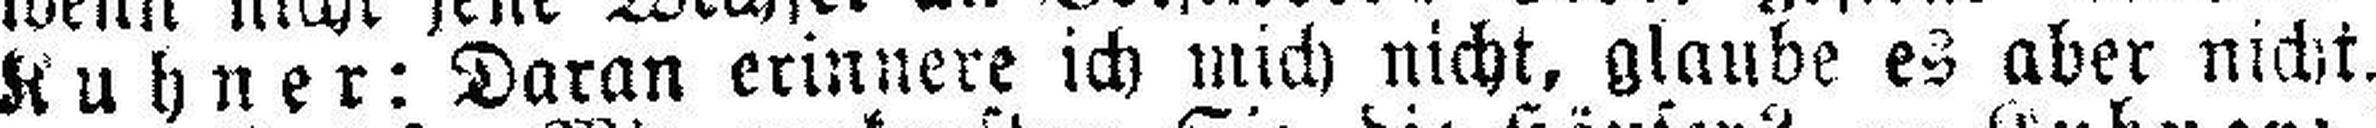
Kuhner: Daran erinnere ich mich nicht, glaube es aber nicht.